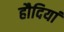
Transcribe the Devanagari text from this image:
हौदियां